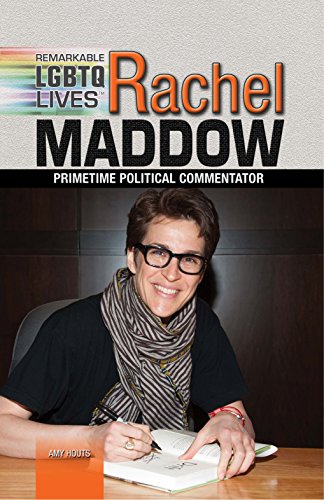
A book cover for Rachel Maddow: Primetime Political Commentator (Remarkable Lgbtq Lives); Amy Houts; Teen & Young Adult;